Vaccination Hyderabad 1872-1889 - 1872-1889
Year: 1872
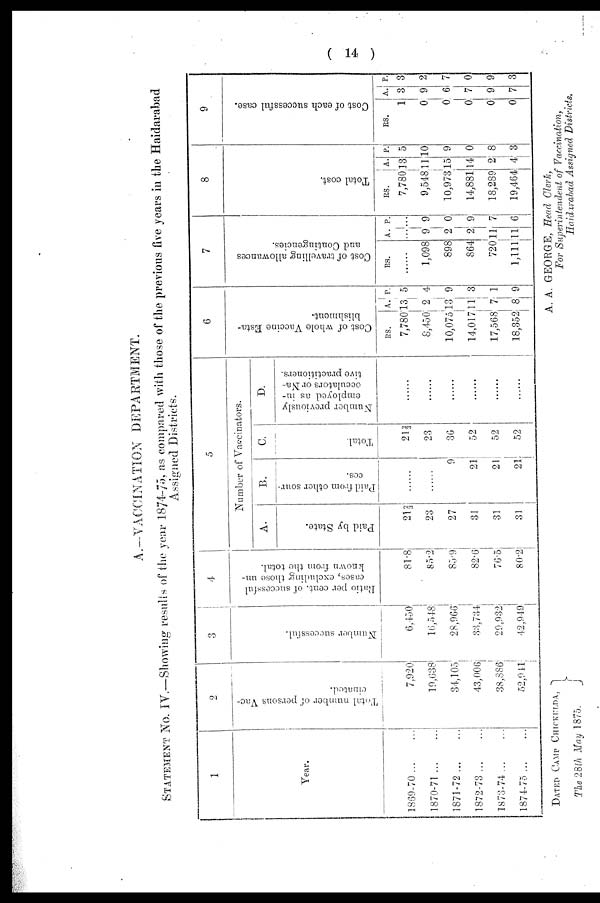
( 14 )
A.—VACCINATION DEPARTMENT.
STATEMENT NO. IV.—Showing results of the year 1874-75, as compared with those of the previous five years in the Haidarabad
Assigned Districts.
1
Year.
1869-70...
...
1870-71...
...
1871-72...
...
1872-73... ...
1873-74 ... ...
1874-75 ... ...
2
Total number of persons Vac-
cinated.
7,920
19,638
34,105
43,006
38,886
52,941
3
Number successful.
6,450
16,548
28,966
33,734
29,932
42,949
4
Ratio per cent. of successful
cases, excluding those un-
known from the total.
81.8
85.2
85.9
82.6
76.5
80.2
5
Number of Vaccinators.
A.
Paid by State.
21 2/3
23
27
31
31
31
B.
Paid from other sour-
ces.
......
......
9
21
21
21
C.
Total.
21 2/3
23
36
52
52
52
D.
Number previously
employed as in-
occulators or Na-
tive practitioners.
......
......
......
......
......
......
6
Cost of whole Vaccine Esta-
blishment.
RS.
7,780
8,450
10,075
14,017
17,568
18,352
A.
13
2
13
11
7
8
P.
5
4
9
3
1
9
7
Cost of travelling allowances
and Contingencies.
RS.
......
1,098
898
864
720
1,111
A.
...
9
2
2
11
11
P.
...
9
0
9
7
6
8
Total cost.
RS.
7,780
9,548
10,973
14,881
18,289
19,464
A.
13
11
15
14
2
4
P.
5
10
9
0
8
3
9
Cost of each successful case.
RS.
1
0
0
0
0
0
A.
3
9
6
7
9
7
P.
3
2
7
0
9
3
DATED CAMP CHICKULDA,
The 28th May 1875.
A. A. GEORGE, Head Clerk,
For Superintendent of Vaccination,
Haidarabad Assigned Districts.